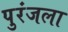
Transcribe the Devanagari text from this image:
पुरंजला